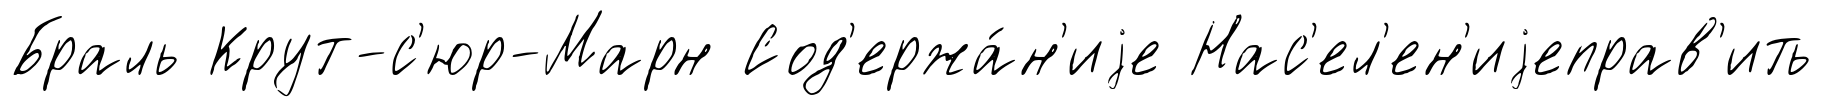
Браль Крут-с'юр-Марн Сод'ержа́н'иjе Нас'ел'ен'иjеправ'ить